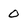
Character: 0